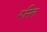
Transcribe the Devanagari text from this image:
रूनिल